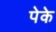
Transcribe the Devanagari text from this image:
पेके